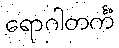
ရောဂါတင်္ကံ